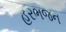
હરભજન